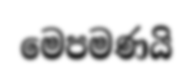
මෙපමණයි